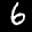
Label: 6